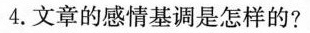
4.文章的感情基调是怎样的?